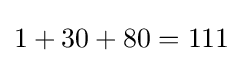
1+30+80=111